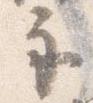
示